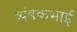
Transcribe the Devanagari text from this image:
त्र्यंबकभाई